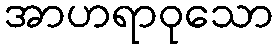
အာဟရာဝုသော